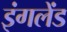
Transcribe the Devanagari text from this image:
इंगलेंड